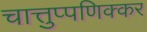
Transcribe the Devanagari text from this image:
चात्तुप्पणिक्कर